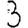
Digit: 3